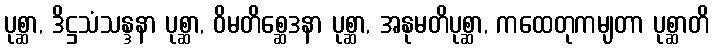
ပုစ္ဆာ, ဒိဋ္ဌသံသန္ဒနာ ပုစ္ဆာ, ဝိမတိစ္ဆေဒနာ ပုစ္ဆာ, အနုမတိပုစ္ဆာ, ကထေတုကမျတာ ပုစ္ဆာတိ